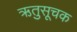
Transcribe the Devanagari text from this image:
ऋतुसूचक